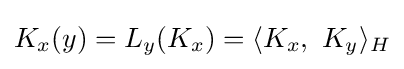
K_{x}(y)=L_{y}(K_{x})=\langle K_{x},\ K_{y}\rangle _{H}